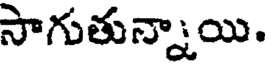
సాగుతున్నాయి.